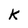
Character: K